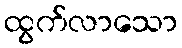
ထွက်လာသော